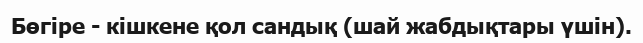
Бөгіре - кішкене қол сандық (шай жабдықтары үшін).